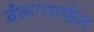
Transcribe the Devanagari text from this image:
बँकामार्फत